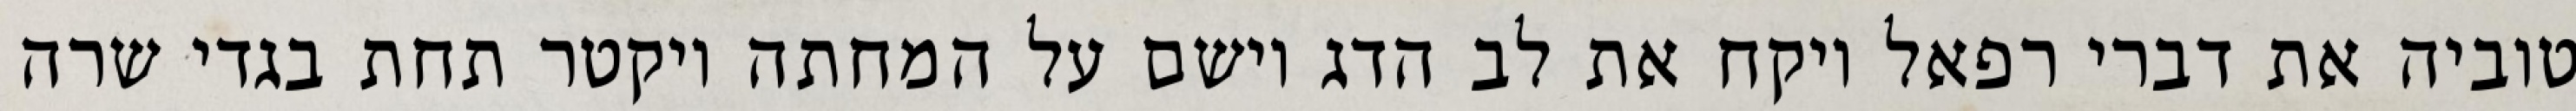
טוביה את דברי רפאל ויקח את לב הדג וישם על המחתה ויקטר תחת בגדי שרה